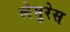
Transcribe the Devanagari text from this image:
लेमुरेस